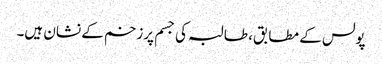
پولس کے مطابق، طالبہ کی جسم پرزخم کے نشان ہیں۔